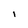
Character: I